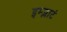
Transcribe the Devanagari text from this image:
इम्प्लाटं